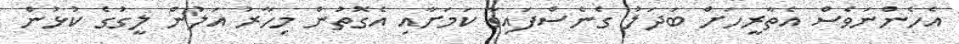
އެހެންނަަވެސް އެތާރީހަށް ބަދަލު ގެނެސްފައިވާ ކަމަށާއި އެގޮތުން މިހާރު އަލުން ލީގުގެ ކުޅުން